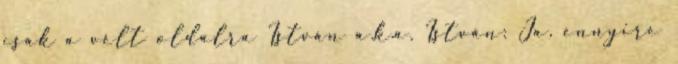
csak a vélt oldalra István a.k.a. István: Ja, ennyire